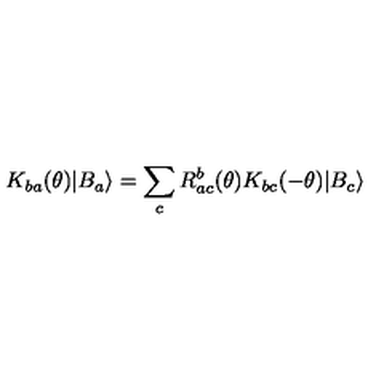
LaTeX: K _ { b a } ( \theta ) | B _ { a } \rangle = \sum _ { c } R _ { a c } ^ { b } ( \theta ) K _ { b c } ( - \theta ) | B _ { c } \rangle